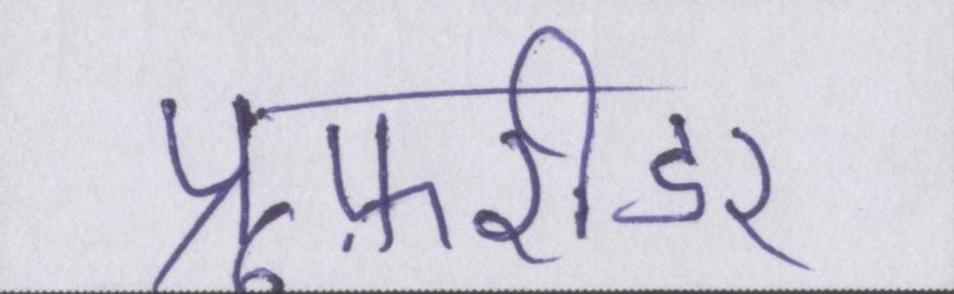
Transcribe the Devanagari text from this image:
प्रूफ़रीडर